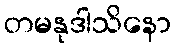
တမနုဒါသိနော